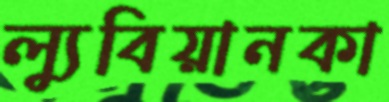
ল্যুবিয়ানকা